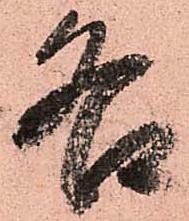
各